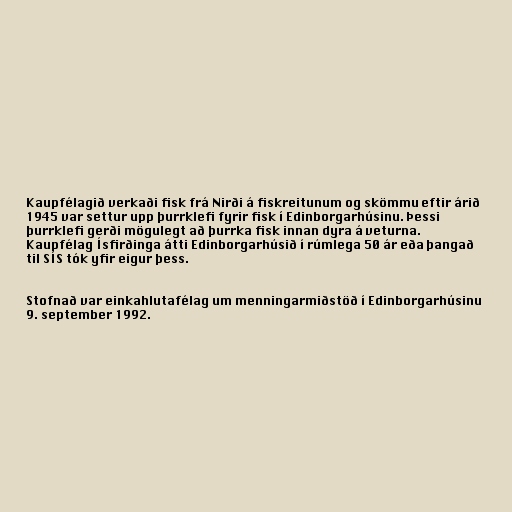
Kaupfélagið verkaði fisk frá Nirði á fiskreitunum og skömmu eftir árið
1945 var settur upp þurrklefi fyrir fisk í Edinborgarhúsinu. Þessi
þurrklefi gerði mögulegt að þurrka fisk innan dyra á veturna.
Kaupfélag Ísfirðinga átti Edinborgarhúsið í rúmlega 50 ár eða þangað
til SÍS tók yfir eigur þess.

Stofnað var einkahlutafélag um menningarmiðstöð í Edinborgarhúsinu
9. september 1992.